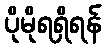
ပိုမိုရရှိရန်